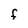
Character: F